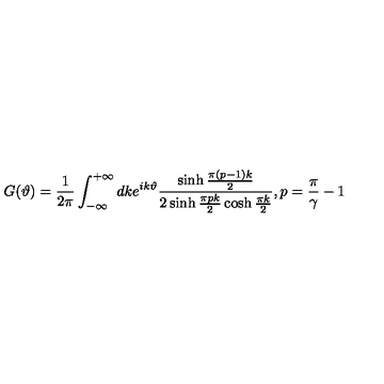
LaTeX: G ( \vartheta ) = \frac { 1 } { 2 \pi } \int _ { - \infty } ^ { + \infty } d k e ^ { i k \vartheta } \frac { \sinh \frac { \pi ( p - 1 ) k } { 2 } } { 2 \sinh \frac { \pi p k } { 2 } \cosh \frac { \pi k } { 2 } } , p = \frac { \pi } { \gamma } - 1